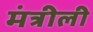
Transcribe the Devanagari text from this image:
मंत्रीली